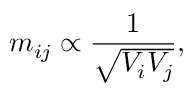
m _ { i j } \propto { \frac { 1 } { \sqrt { V _ { i } V _ { j } } } } ,